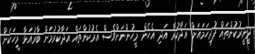
ދީނީރުކުންތައް ފުރިހަމައަށް އަދާކުރާ އަދި އެހެން މީހުންނަށްވެސް އެރުކުންތައް އަދާކުރުމަށް ބާރުއަޅާ މީހަކަށް